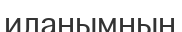
иланымның